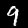
Label: 9